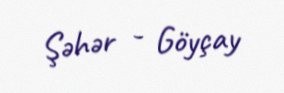
Şəhər - Göyçay